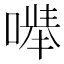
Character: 𪡽